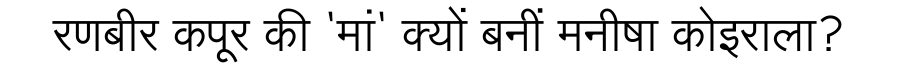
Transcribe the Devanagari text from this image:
रणबीर कपूर की 'मां' क्यों बनीं मनीषा कोइराला?